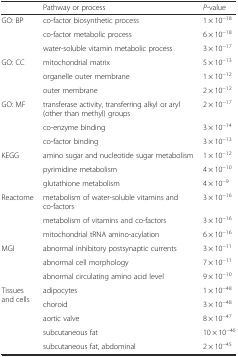
<table><thead><tr><td></td><td><b>Pathway or process</b></td><td><b><i>P</i>-value</b></td></tr></thead><tbody><tr><td>GO: BP</td><td>co-factor biosynthetic process</td><td>1 × 10<sup>−18</sup></td></tr><tr><td></td><td>co-factor metabolic process</td><td>6 × 10<sup>−18</sup></td></tr><tr><td></td><td>water-soluble vitamin metabolic process</td><td>3 × 10<sup>−17</sup></td></tr><tr><td>GO: CC</td><td>mitochondrial matrix</td><td>5 × 10<sup>−13</sup></td></tr><tr><td></td><td>organelle outer membrane</td><td>1 × 10<sup>−12</sup></td></tr><tr><td></td><td>outer membrane</td><td>2 × 10<sup>−12</sup></td></tr><tr><td>GO: MF</td><td>transferase activity, transferring alkyl or aryl (other than methyl) groups</td><td>2 × 10<sup>−17</sup></td></tr><tr><td></td><td>co-enzyme binding</td><td>3 × 10<sup>−14</sup></td></tr><tr><td></td><td>co-factor binding</td><td>3 × 10<sup>−13</sup></td></tr><tr><td>KEGG</td><td>amino sugar and nucleotide sugar metabolism</td><td>1 × 10<sup>−12</sup></td></tr><tr><td></td><td>pyrimidine metabolism</td><td>4 × 10<sup>−10</sup></td></tr><tr><td></td><td>glutathione metabolism</td><td>4 × 10<sup>−9</sup></td></tr><tr><td>Reactome</td><td>metabolism of water-soluble vitamins and co-factors</td><td>3 × 10<sup>−16</sup></td></tr><tr><td></td><td>metabolism of vitamins and co-factors</td><td>3 × 10<sup>−16</sup></td></tr><tr><td></td><td>mitochondrial tRNA amino-acylation</td><td>6 × 10<sup>−16</sup></td></tr><tr><td>MGI</td><td>abnormal inhibitory postsynaptic currents</td><td>3 × 10<sup>−11</sup></td></tr><tr><td></td><td>abnormal cell morphology</td><td>7 × 10<sup>−11</sup></td></tr><tr><td></td><td>abnormal circulating amino acid level</td><td>9 × 10<sup>−10</sup></td></tr><tr><td rowspan="5">Tissues and cells</td><td>adipocytes</td><td>1 × 10<sup>−48</sup></td></tr><tr><td>choroid</td><td>3 × 10<sup>−48</sup></td></tr><tr><td>aortic valve</td><td>8 × 10<sup>−47</sup></td></tr><tr><td>subcutaneous fat</td><td>10 × 10<sup>−46</sup></td></tr><tr><td>subcutaneous fat, abdominal</td><td>2 × 10<sup>−45</sup></td></tr></tbody></table>